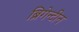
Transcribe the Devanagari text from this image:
ब्रिगेन्टीन